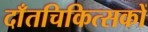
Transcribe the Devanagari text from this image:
दाँतचिकित्सकों